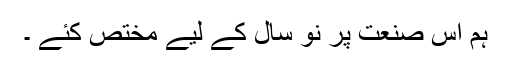
ہم اس صنعت پر نو سال کے لیے مختص کئے ۔